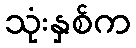
သုံးနှစ်က